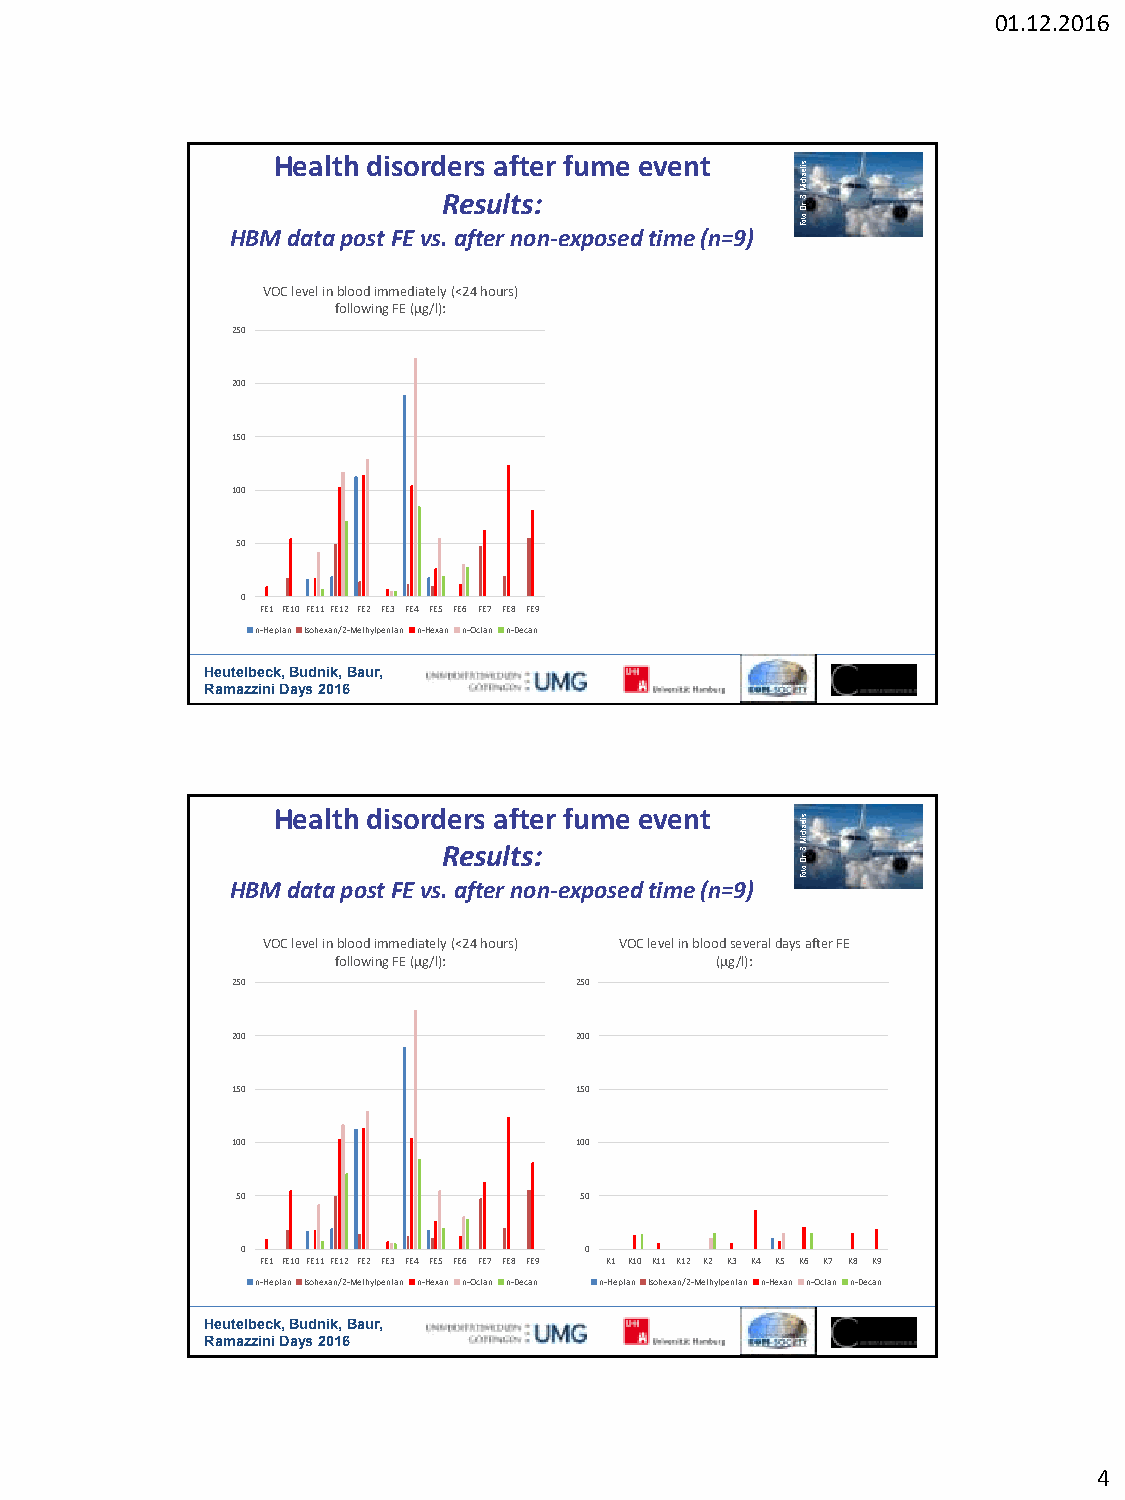
01.12.2016
 HBMH de aa talt ph
 o
 d sti s FEo r vd s.Re aer fs
 s
 te
 ua
 rl
 f ntt
 s
 oe
 :
 n
 r
 -
 ef xu pm ose
 ed
 e tv ime en t
 (n =9)
 sileahciM
 .S
 .rD
 :otoF
 VOC level in blood immediately (<24 hours)
 following FE (µg/l):
 250
 200
 150
 100
 50
 0
 FE1 FE10 FE11 FE12 FE2 FE3 FE4 FE5 FE6 FE7 FE8 FE9
 n-Heptan Isohexan/2-Methylpentan n-Hexan n-Octan n-Decan
 Heutelbeck, Budnik, Baur,
 Ramazzini Days 2016
 HBMH de aa talt ph
 o
 d sti s FEo r vd s.Re aer fs
 s
 te
 ua
 rl
 f ntt
 s
 oe
 :
 n
 r
 -
 ef xu pm ose
 ed
 e tv ime en t
 (n =9)
 sileahciM
 .S
 .rD
 :otoF
 VOC level in blood immediately (<24 hours) VOC level in blood several days after FE
 following FE (µg/l):     (µg/l):
 250                    250
 200                    200
 150                    150
 100                    100
 50                    50
 0                      0
 FE1 FE10 FE11 FE12 FE2 FE3 FE4 FE5 FE6 FE7 FE8 FE9 K1 K10 K11 K12 K2 K3 K4 K5 K6 K7 K8 K9
 n-Heptan Isohexan/2-Methylpentan n-Hexan n-Octan n-Decan n-Heptan Isohexan/2-Methylpentan n-Hexan n-Octan n-Decan
 Heutelbeck, Budnik, Baur,
 Ramazzini Days 2016
 4